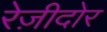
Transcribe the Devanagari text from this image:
रेज़ीदोर